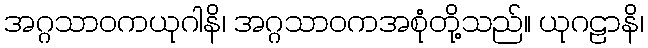
အဂ္ဂသာဝကယုဂါနိ၊ အဂ္ဂသာဝကအစုံတို့သည်။ ယုဂဠာနိ၊